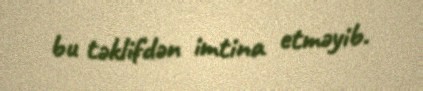
bu təklifdən imtina etməyib.